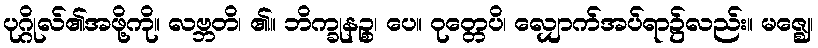
ပုဂ္ဂိုလ်၏အဖို့ကို။ လဗ္ဘတိ၊ ၏။ ဘိက္ခုနဉ္စ၊ ပေ။ ဝုတ္တေပိ၊ လျှောက်အပ်ရာ၌လည်း။ မဇ္ဈေ၊